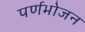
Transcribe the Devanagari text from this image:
पर्णभोजन